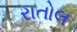
રાતોલ